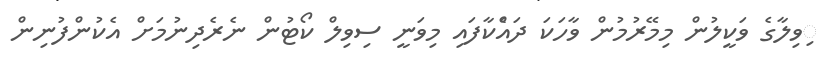
ިވިލާގެ ވަކީލުން މިމޭރުމުން ވާހަކަ ދައެްކާފައި މިވަނީ ސިވިލް ކޯޓުން ނެރެދިނުމަށް އެކުންފުނިން